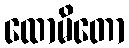
ထောမိတော